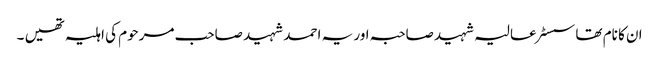
ان کا نام تھا سسٹر عالیہ شہید صاحبہ اور یہ احمد شہید صاحب مرحوم کی اہلیہ تھیں ۔